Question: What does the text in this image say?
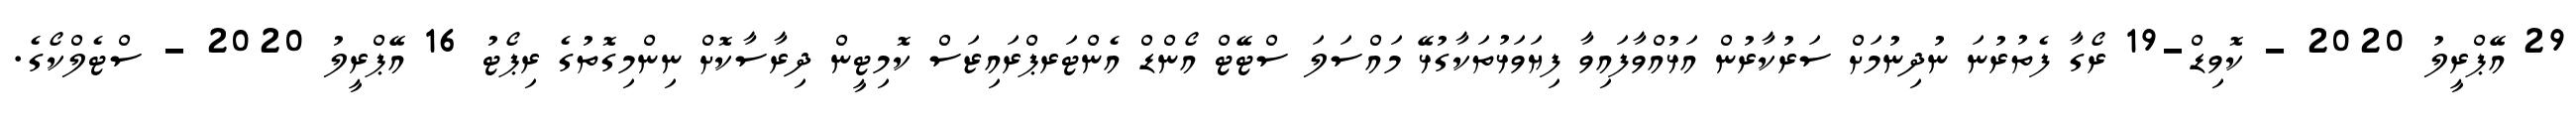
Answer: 29 އޭޕްރީލު 2020 - ކޮވިޑް-19 ރޯގާ ފެތުރުނަ ނުދިނުމަށް ސަރުކާރުން އަޅުއްވާފައިވާ ފިޔަވަޅުތަކާގުޅޭ މައްސަލަ ސްޓޭޓް އޯންޑް އެންޓަރޕްރައިޒަސް ކޮމިޓީން ދިރާސާކޮށް ނިންމިގޮތުގެ ރިޕޯޓު 16 އޭޕްރީލު 2020 - ސްޓެލްކޯގެ.